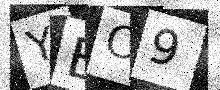
Text: YBC9